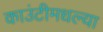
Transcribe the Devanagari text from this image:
काउंटीमधल्या